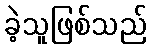
ခဲ့သူဖြစ်သည်